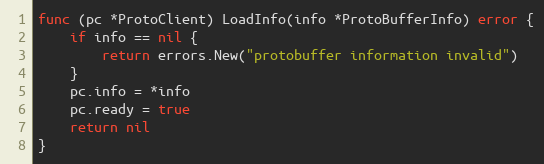
Language: Go
func (pc *ProtoClient) LoadInfo(info *ProtoBufferInfo) error {
	if info == nil {
		return errors.New("protobuffer information invalid")
	}
	pc.info = *info
	pc.ready = true
	return nil
}